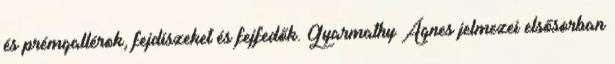
és prémgallérok, fejdíszeket és fejfedők. Gyarmathy Ágnes jelmezei elsősorban